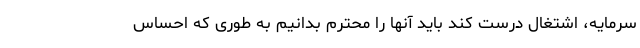
سرمایه، اشتغال درست کند باید آنها را محترم بدانیم به طوری که احساس